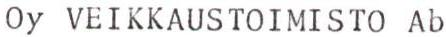
Oy VEIKKAUSTOIMISTO Ab